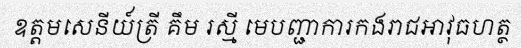
ឧត្តមសេនីយ៍ត្រី គឹម រស្មី មេបញ្ជាការកងរាជអាវុធហត្ថ